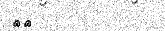
٢١